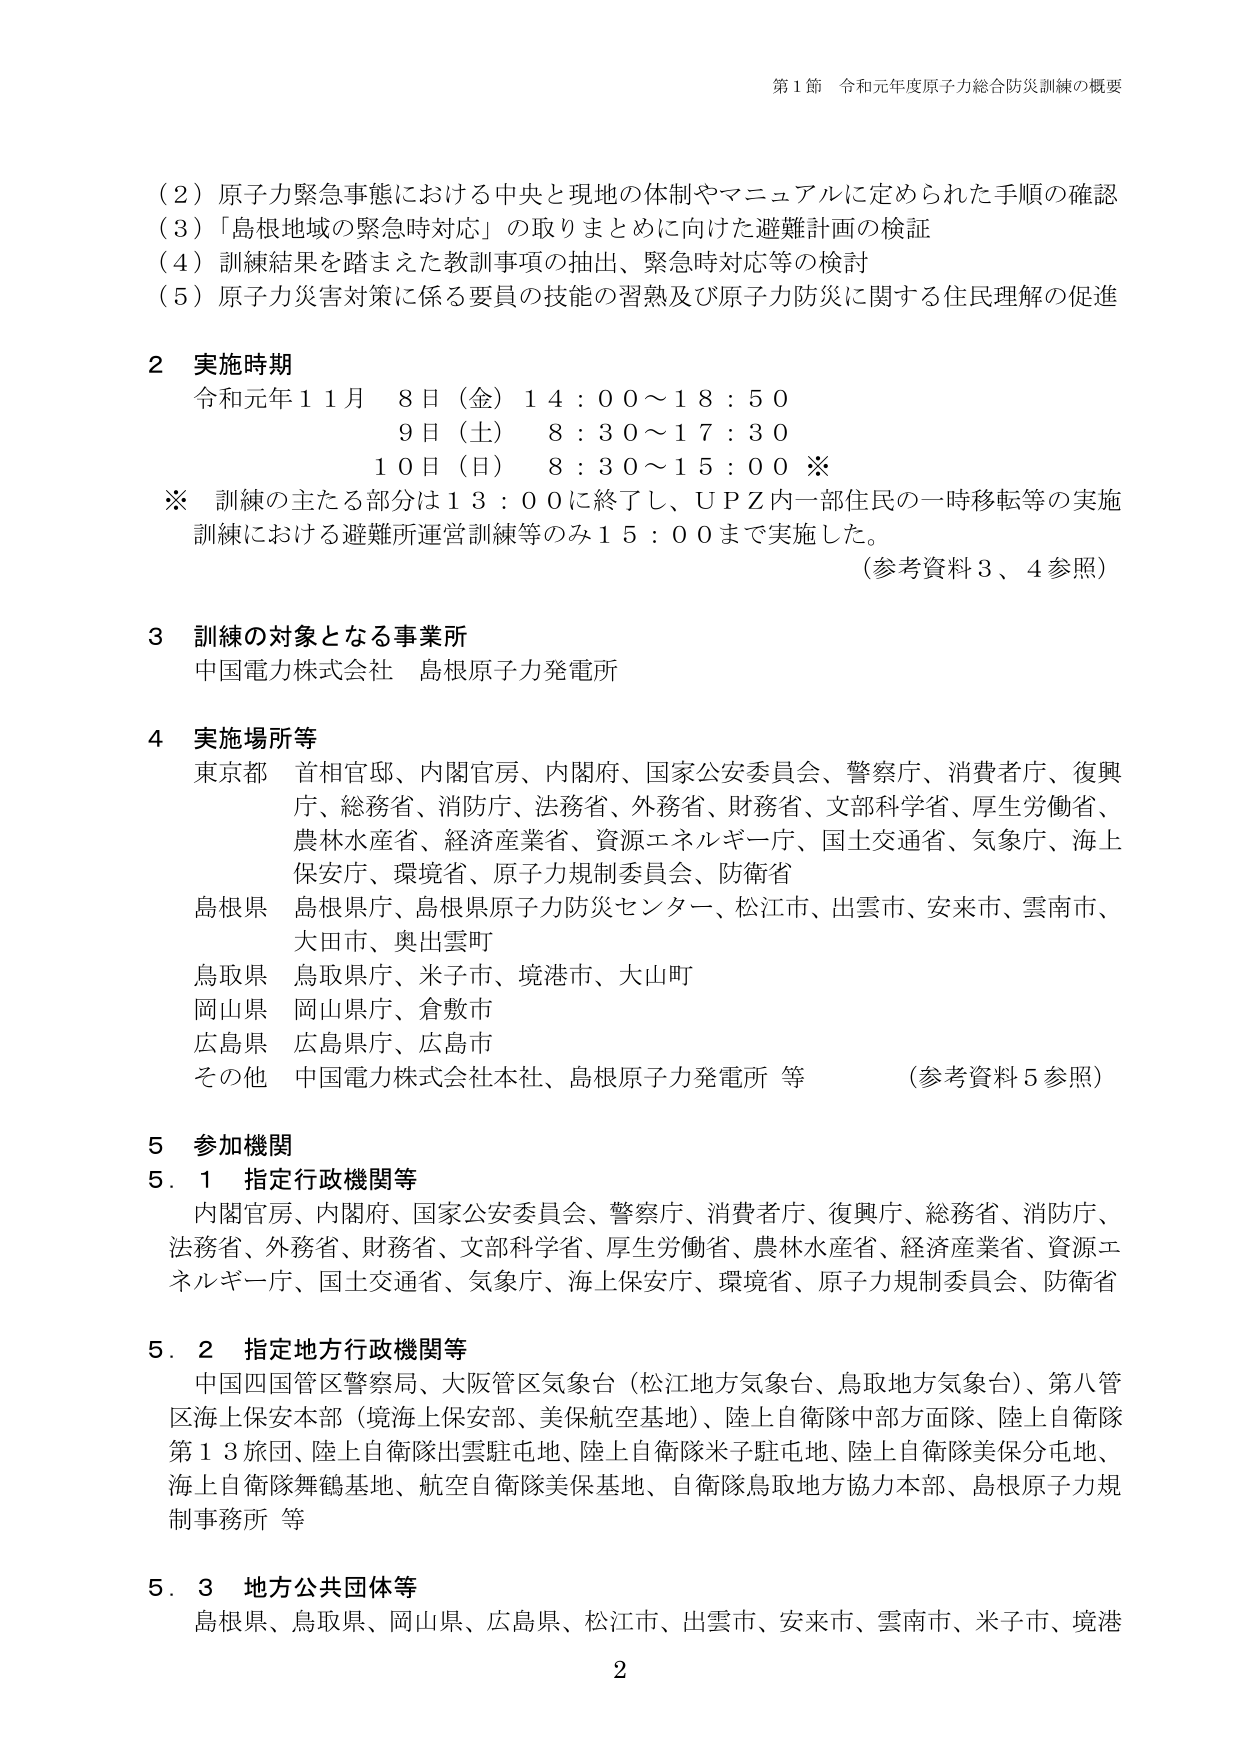
第１節 令和元年度原子力総合防災訓練の概要

（２）原子力緊急事態における中央と現地の体制やマニュアルに定められた手順の確認
（３）「島根地域の緊急時対応」の取りまとめに向けた避難計画の検証
（４）訓練結果を踏まえた教訓事項の抽出、緊急時対応等の検討
（５）原子力災害対策に係る要員の技能の習熟及び原子力防災に関する住民理解の促進

２ 実施時期
令和元年１１月 ８日（金）１４：００～１８：５０
　　　　　　　　９日（土） ８：３０～１７：３０
　　　　　　　１０日（日） ８：３０～１５：００ ※
※ 訓練の主たる部分は１３：００に終了し、ＵＰＺ内一部住民の一時移転等の実施
　訓練における避難所運営訓練等のみ１５：００まで実施した。
　　　　　　　　　　　　　　　　　　　　　　　　　（参考資料３、４参照）

３ 訓練の対象となる事業所
中国電力株式会社 島根原子力発電所

４ 実施場所等
東京都 首相官邸、内閣官房、内閣府、国家公安委員会、警察庁、消費者庁、復興庁、総務省、消防庁、法務省、外務省、財務省、文部科学省、厚生労働省、農林水産省、経済産業省、資源エネルギー庁、国土交通省、気象庁、海上保安庁、環境省、原子力規制委員会、防衛省
島根県 島根県庁、島根県原子力防災センター、松江市、出雲市、安来市、雲南市、大田市、奥出雲町
鳥取県 鳥取県庁、米子市、境港市、大山町
岡山県 岡山県庁、倉敷市
広島県 広島県庁、広島市
その他 中国電力株式会社本社、島根原子力発電所 等　　　　　（参考資料５参照）

５ 参加機関
５．１ 指定行政機関等
内閣官房、内閣府、国家公安委員会、警察庁、消費者庁、復興庁、総務省、消防庁、法務省、外務省、財務省、文部科学省、厚生労働省、農林水産省、経済産業省、資源エネルギー庁、国土交通省、気象庁、海上保安庁、環境省、原子力規制委員会、防衛省

５．２ 指定地方行政機関等
中国四国管区警察局、大阪管区気象台（松江地方気象台、鳥取地方気象台）、第八管区海上保安本部（境海上保安部、美保航空基地）、陸上自衛隊中部方面隊、陸上自衛隊第１３旅団、陸上自衛隊出雲駐屯地、陸上自衛隊米子駐屯地、陸上自衛隊美保分屯地、海上自衛隊舞鶴基地、航空自衛隊美保基地、自衛隊鳥取地方協力本部、島根原子力規制事務所 等

５．３ 地方公共団体等
島根県、鳥取県、岡山県、広島県、松江市、出雲市、安来市、雲南市、米子市、境港

２